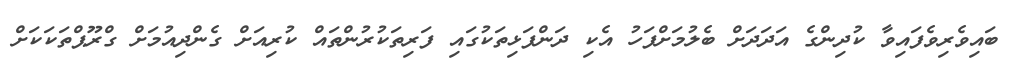
ބައިވެރިވެފައިވާ ކުދިންގެ އަދަދަށް ބެލުމަށްފަހު އެކި ދަންފަޅިތަކުގައި ފަރިތަކުރުންތައް ކުރިއަށް ގެންދިއުމަށް ގްރޫޕްތަކަކަށް